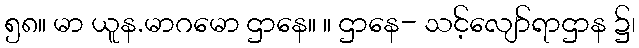
၅၈။ မာ ယူန.မာဂမော ဌာနေ။ ။ ဌာနေ- သင့်လျော်ရာဌာန ၌၊